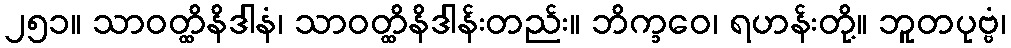
၂၅၁။ သာဝတ္ထိနိဒါနံ၊ သာဝတ္ထိနိဒါန်းတည်း။ ဘိက္ခဝေ၊ ရဟန်းတို့။ ဘူတပုဗ္ဗံ၊